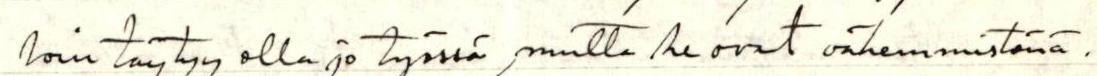
loin täytyy olla jo työssä, mutta he ovat vähemmistönä.